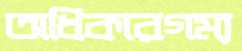
অধিকারগম্য